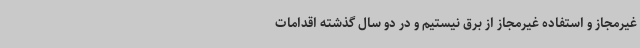
غیرمجاز و استفاده غیرمجاز از برق نیستیم و در دو سال گذشته اقدامات